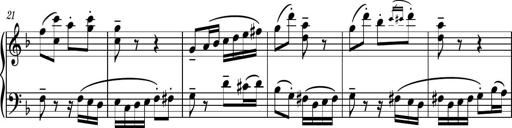
Title: Piano Sonatina No.8
Composer: Dimitri Sykias
Key: F major